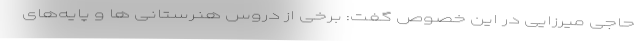
حاجی میرزایی در این خصوص گفت: برخی از دروس هنرستانی ها و پایه‌های